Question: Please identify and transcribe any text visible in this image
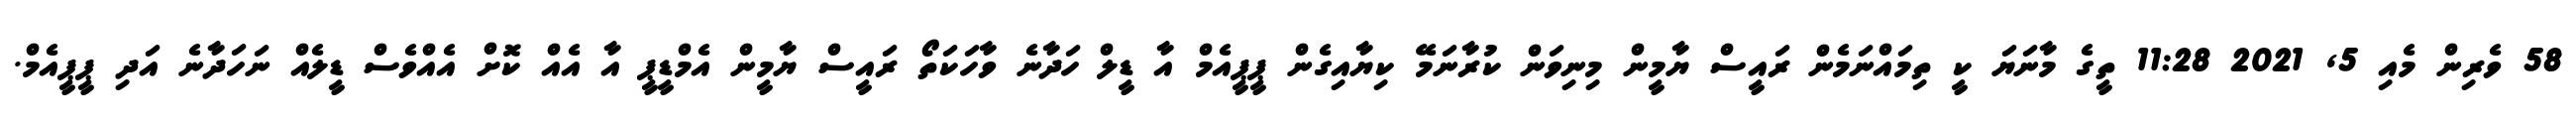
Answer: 58 ވެރިން މެއި 5, 2021 11:28 ތީގެ މާނަޔަ ކީ ތިމައްނަމެން ރައީސް ޔާމީން މިނިވަން ކުރާނަމޭ ކިޔާއިގެން ޕީޕީއެމް އާ ޑީލް ހަދާނެ ވާހަކަތޯ ރައީސް ޔާމީން އެމްޑީޕީ އާ އެއް ކޮށް އެއްވެސް ޑީލެއް ނަހަދާނެ އަދި ޕީޕީއެމް.